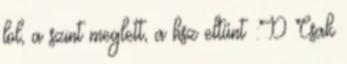
lol, a szint meglett, a hsz eltűnt :D Csak